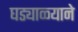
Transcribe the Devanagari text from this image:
घड्याळ्याने